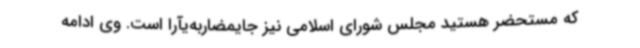
که مستحضر هستید مجلس شورای اسلامی نیز جایمضاربه‌یآرا است. وی ادامه